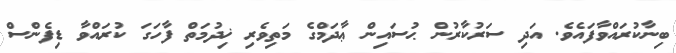
ބިނާކުރައްވާފައެވެ. އަދި ސަރުކާރުން ޙުސައިން ޢާދަމްގެ މަތިވެރި ޚިދުމަތް ފާހަގަ ކުރައްވާ ޑިފެންސް